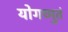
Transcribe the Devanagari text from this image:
योगच्मुतं